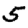
Digit: 5